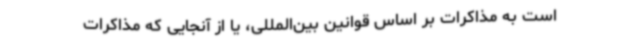
است به مذاکرات بر اساس قوانین بین‌المللی، یا از آنجایی که مذاکرات